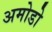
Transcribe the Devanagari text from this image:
अमोडो